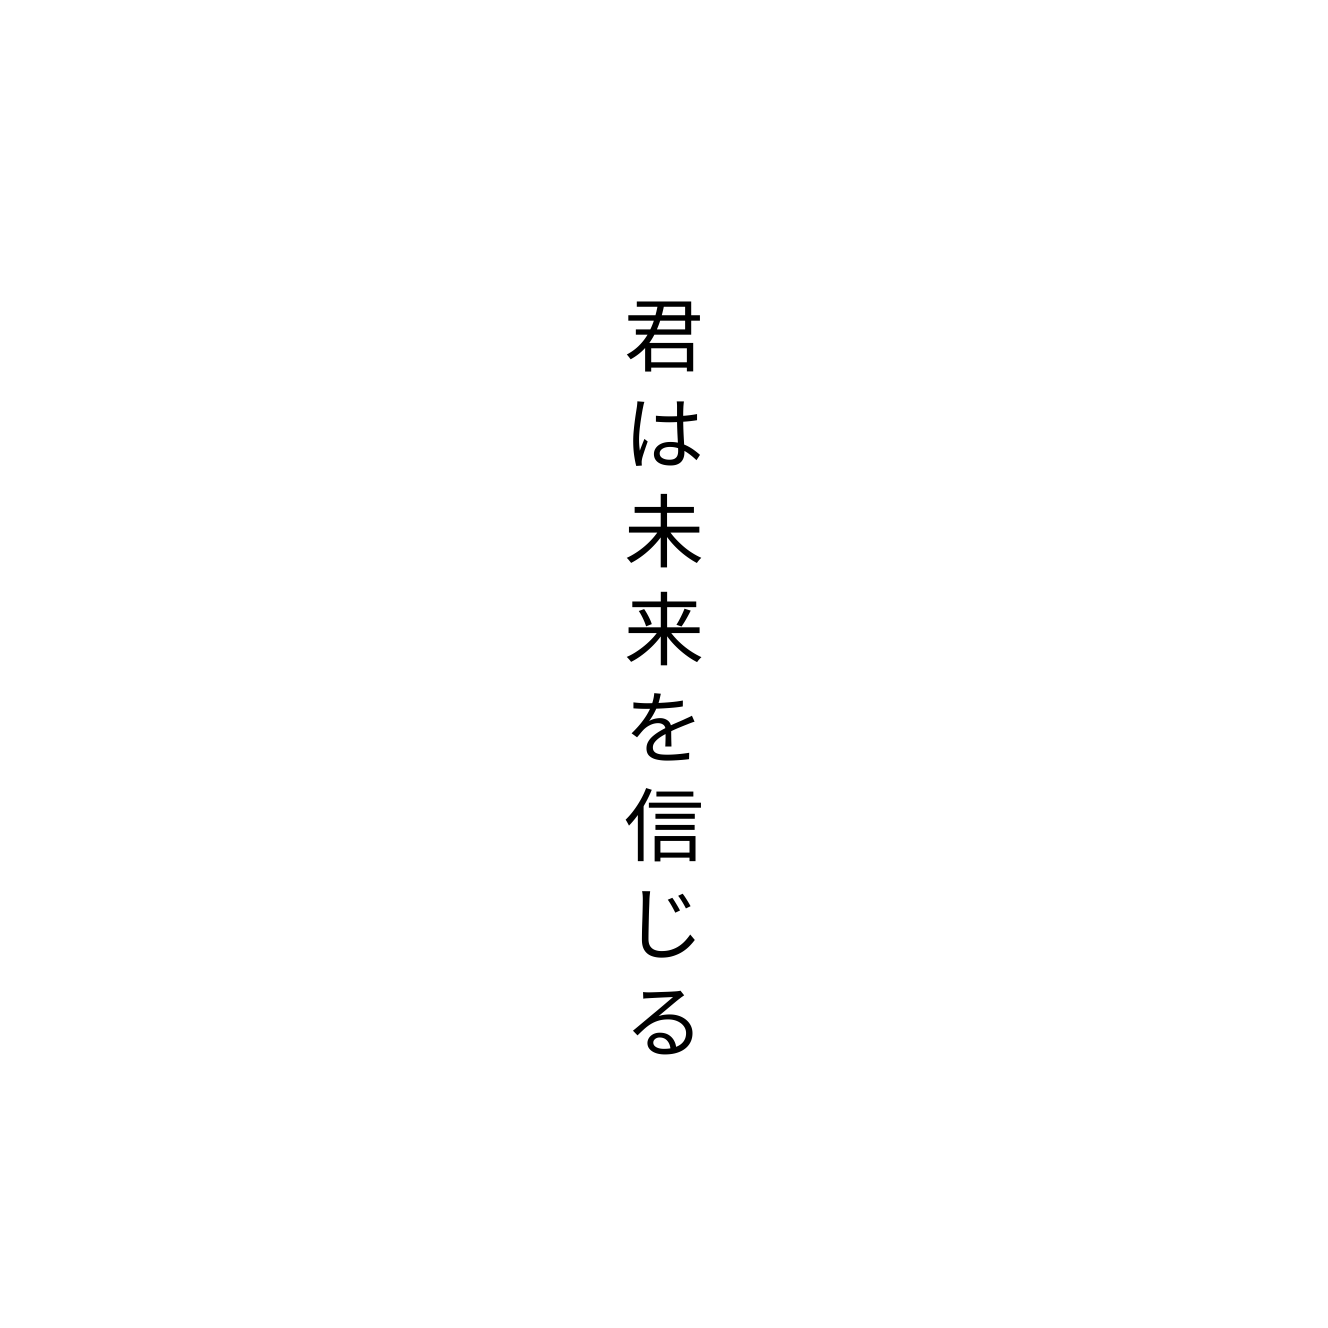
君は未来を信じる